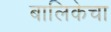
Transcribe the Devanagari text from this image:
बालिकेचा